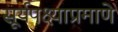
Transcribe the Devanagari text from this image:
सूर्यपक्ष्याप्रमाणे